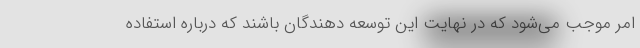
امر موجب می‌شود که در نهایت این توسعه دهندگان باشند که درباره استفاده